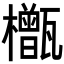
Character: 𬅎